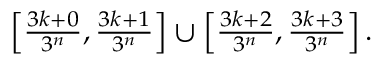
\textstyle \left[ { \frac { 3 k + 0 } { 3 ^ { n } } } , { \frac { 3 k + 1 } { 3 ^ { n } } } \right] \cup \left[ { \frac { 3 k + 2 } { 3 ^ { n } } } , { \frac { 3 k + 3 } { 3 ^ { n } } } \right] .